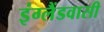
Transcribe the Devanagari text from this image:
इंग्लैंडवासी